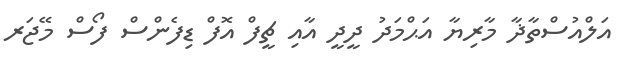
އަލްއުސްތާޛާ މާރިޔާ އަޙްމަދު ދީދީ އާއި ޗީފް އޮފް ޑިފެންސް ފޯސް މޭޖަރ